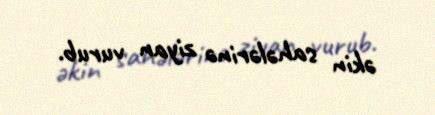
əkin sahələrinə ziyan vurub.